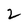
Character: 2